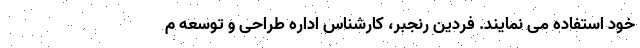
خود استفاده می نمایند. فردین رنجبر، کارشناس اداره طراحی و توسعه م